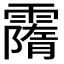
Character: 𩅡